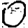
Digit: 0